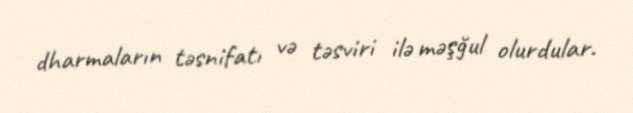
dharmaların təsnifatı və təsviri ilə məşğul olurdular.